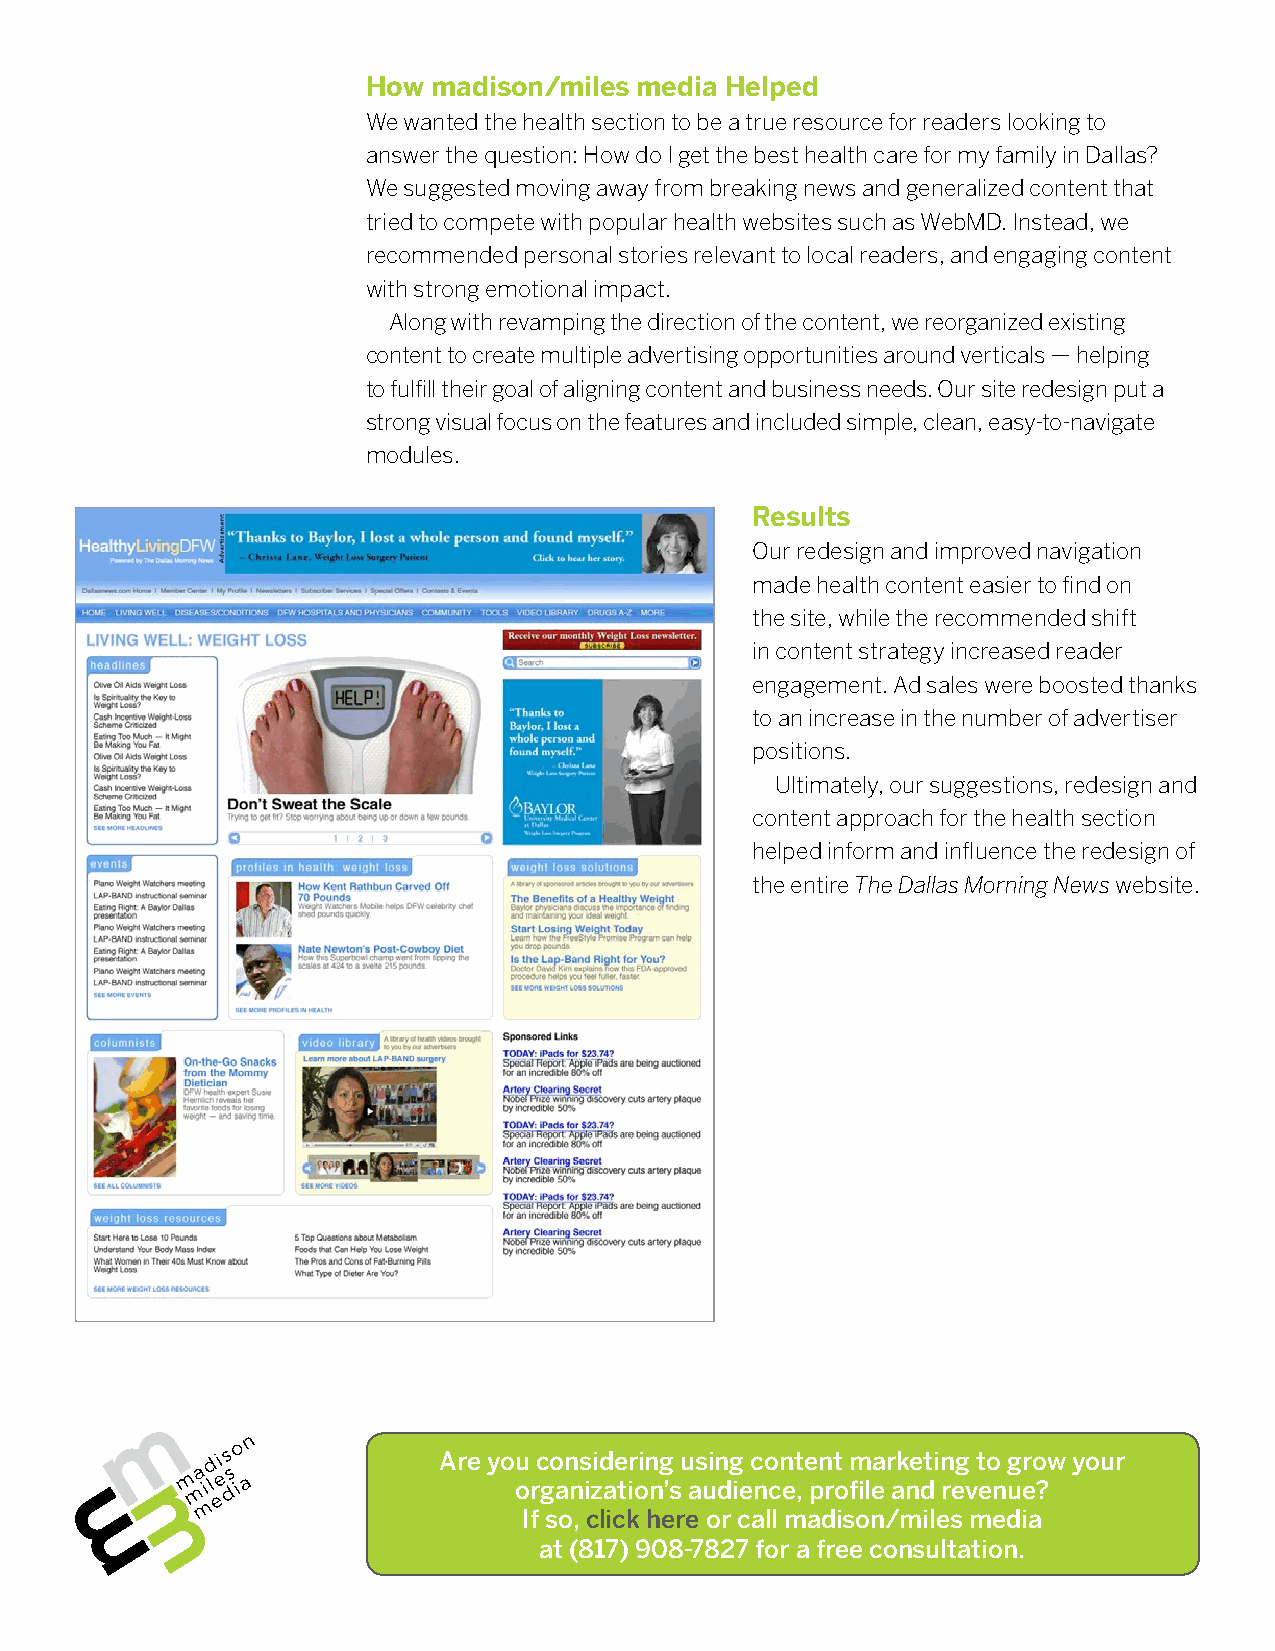
How  madison/miles media Helped
 We wanted the health section to be a true resource for readers looking to
 answer the question: How do I get the best health care for my family in Dallas?
 We suggested moving away from breaking news and generalized content that
 tried to compete with popular health websites such as WebMD. Instead, we
 recommended personal stories relevant to local readers, and engaging content
 with strong emotional impact.
 Along with revamping the direction of the content, we reorganized existing
 content to create multiple advertising opportunities around verticals — helping
 to fulfill their goal of aligning content and business needs. Our site redesign put a
 strong visual focus on the features and included simple, clean, easy-to-navigate
 modules.
 Results
 Our redesign and improved navigation
 made health content easier to find on
 the site, while the recommended shift
 in content strategy increased reader
 engagement. Ad sales were boosted thanks
 to an increase in the number of advertiser
 positions.
 Ultimately, our suggestions, redesign and
 content approach for the health section
 helped inform and influence the redesign of
 the entire The Dallas Morning News website.
 Are you considering using content marketing to grow your
 organization’s audience, profile and revenue?
 If so, click here or call madison/miles media
 at (817) 908-7827 for a free consultation.